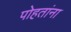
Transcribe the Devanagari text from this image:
पोहतांना